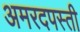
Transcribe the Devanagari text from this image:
अमरदपस्ती